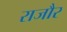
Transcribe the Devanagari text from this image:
राजौर